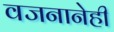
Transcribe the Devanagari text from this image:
वजनानेही